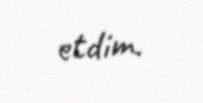
etdim.